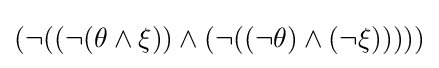
(\neg ((\neg (\theta \land \xi ))\land (\neg ((\neg \theta )\land (\neg \xi )))))